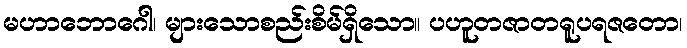
မဟာဘောဂေါ၊ များသောစည်းစိမ်ရှိသော။ ပဟူတဇာတရူပရဇတော၊